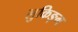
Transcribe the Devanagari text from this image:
लुकिङ्ग